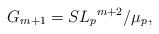
LaTeX: \begin{align*}G_{m+1}={SL_p}^{m+2}/\mu_p,\end{align*}